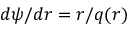
d \psi / d r = r / q ( r )